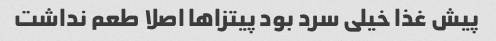
پیش غذا خیلی سرد بود پیتزاها اصلا طعم نداشت